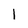
Character: 1